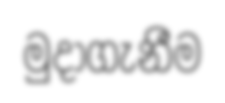
මුදාගැනීම